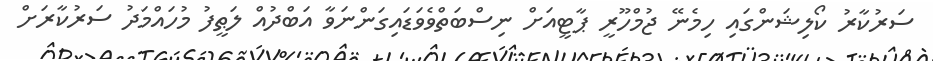
ސަރުކާރު ކޯލިޝަންގައި ހިމެނޭ ޖުމްހޫރީ ޕާޓީއަށް ނިސްބަތްވެވަޑައިގަންނަވާ އަބްދުއް ލަޠީފު މުހައްމަދު ސަރުކާރަށް